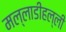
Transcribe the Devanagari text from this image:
मल्लाडीहल्ली